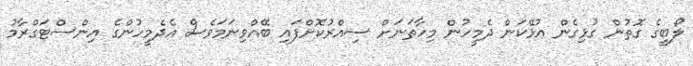
ލޯބީގެ ގޮތުން ގުޅިގެން އުޅޭކަން ދެމީހުން މިހާތަނަށް ސިއްރުކޮށްފައި ބޭއްވިނަމަވެސް އެދެމީހުންގެ އިންސްޓަގްރާމު